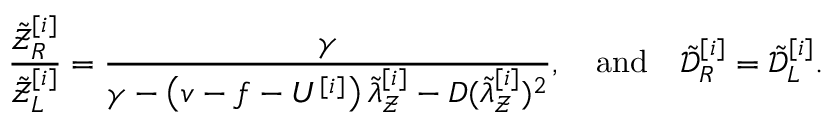
\frac { \tilde { \mathcal { Z } } _ { R } ^ { [ i ] } } { \tilde { \mathcal { Z } } _ { L } ^ { [ i ] } } = \frac { \gamma } { \gamma - \left( v - f - U ^ { [ i ] } \right) \tilde { \lambda } _ { \mathcal { Z } } ^ { [ i ] } - D ( \tilde { \lambda } _ { \mathcal { Z } } ^ { [ i ] } ) ^ { 2 } } , \quad \mathrm { a n d } \quad \tilde { \mathcal { D } } _ { R } ^ { [ i ] } = \tilde { \mathcal { D } } _ { L } ^ { [ i ] } .